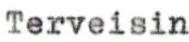
Terveisin